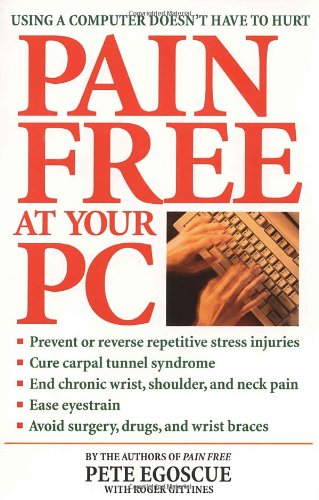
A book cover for Pain Free at Your PC; Pete Egoscue; Health, Fitness & Dieting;